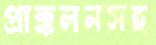
প্রাক্কলনসহ